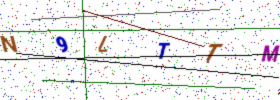
Text: N9LTTM